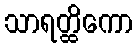
သာရတ္ထိကော